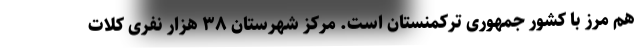
هم مرز با کشور جمهوری ترکمنستان است. مرکز شهرستان ۳۸ هزار نفری کلات